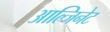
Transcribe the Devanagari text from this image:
आल्जिनेट